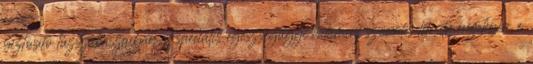
biztosító tûzszakaszaiban, d speciális egészségügyi valamint szociális létesítményekben, e